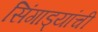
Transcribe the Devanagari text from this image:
सिंगाड्यांची